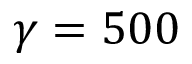
\gamma = 5 0 0